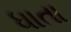
ધાતા